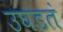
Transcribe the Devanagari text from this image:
उघडतं